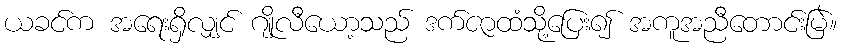
ယခင်က အရေးရှိလျှင် ဂျိုလီယော့သည် ဒက်ဇာထံသို့ပြေး၍ အကူအညီတောင်းမြဲ။